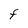
Character: F